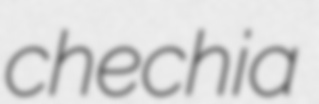
chechia